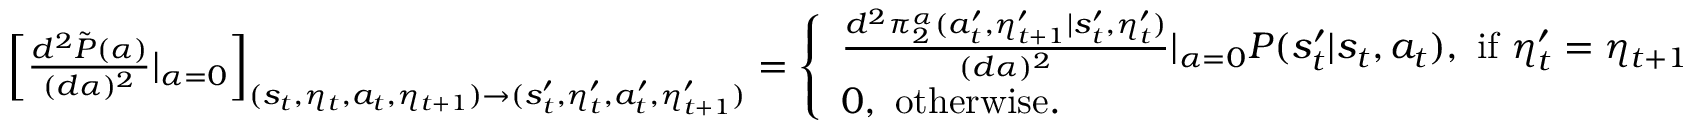
\begin{array} { r } { \left[ \frac { d ^ { 2 } \tilde { P } ( \alpha ) } { ( d \alpha ) ^ { 2 } } | _ { \alpha = 0 } \right] _ { ( s _ { t } , \eta _ { t } , a _ { t } , \eta _ { t + 1 } ) \to ( s _ { t } ^ { \prime } , \eta _ { t } ^ { \prime } , a _ { t } ^ { \prime } , \eta _ { t + 1 } ^ { \prime } ) } = \left\{ \begin{array} { l l } { \frac { d ^ { 2 } \pi _ { 2 } ^ { \alpha } ( a _ { t } ^ { \prime } , \eta _ { t + 1 } ^ { \prime } | s _ { t } ^ { \prime } , \eta _ { t } ^ { \prime } ) } { ( d \alpha ) ^ { 2 } } | _ { \alpha = 0 } P ( s _ { t } ^ { \prime } | s _ { t } , a _ { t } ) , \ \mathrm { i f ~ } \eta _ { t } ^ { \prime } = \eta _ { t + 1 } } \\ { 0 , \ \mathrm { o t h e r w i s e } . } \end{array} \right. } \end{array}